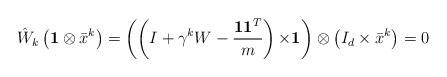
LaTeX: \begin{align*}\begin{aligned}&\hat{W}_k\left( {\bf 1}\otimes \bar{x}^k\right) =\left(\left(I+\gamma^kW-\frac{{\bf 1}{\bf 1}^T}{m} \right){\bf \times 1}\right)\otimes\left(I_d\times \bar{x}^k\right)= 0\end{aligned}\end{align*}